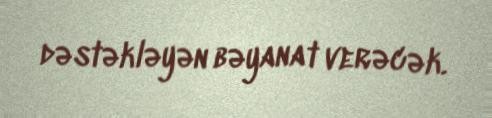
dəstəkləyən bəyanat verəcək.